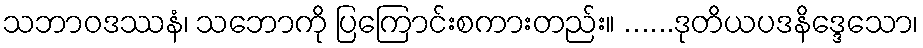
သဘာဝဒဿနံ၊ သဘောကို ပြကြောင်းစကားတည်း။ ......ဒုတိယပဒနိဒ္ဒေသော၊